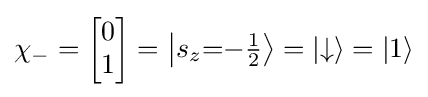
\chi _{-}={\begin{bmatrix}0\\1\end{bmatrix}}=\left\vert {s_{z}{=}{-\textstyle {\frac {1}{2}}}}\right\rangle =|{\downarrow }\rangle =|1\rangle